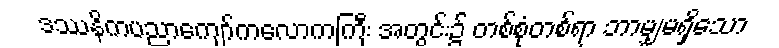
ဒဿနိကပညာကျော်ကလောကကြီး အတွင်း၌ တစ်စုံတစ်ရာ ဘာမျှမရှိသော